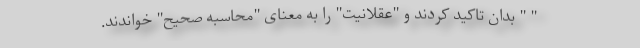
" " بدان تاکید کردند و "عقلانیت" را به معنای "محاسبه صحیح" خواندند.